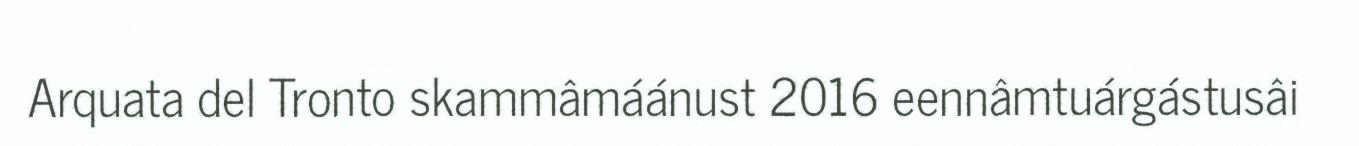
Arquata del Tronto skammâmáánust 2016 eennâmtuárgástusâi